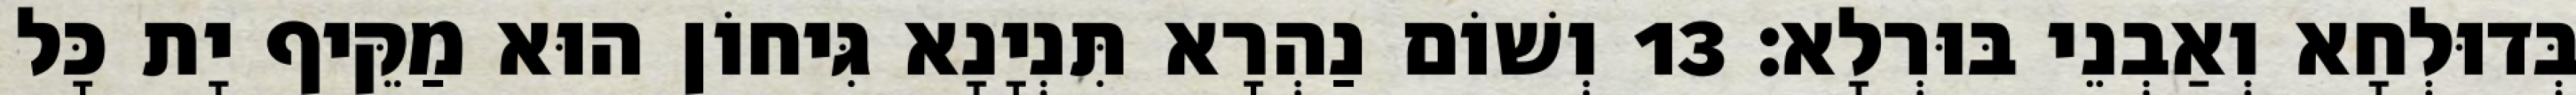
בְּדוּלְחָא וְאַבְנֵי בּוּרְלָא׃ 13 וְשׁוֹם נַהְרָא תִּנְיָנָא גִּיחוֹן הוּא מַקֵּיף יָת כָּל